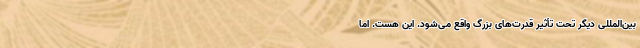
بین‌المللی دیگر تحت تأثیر قدرت‌های بزرگ واقع می‌شود. این هست. اما